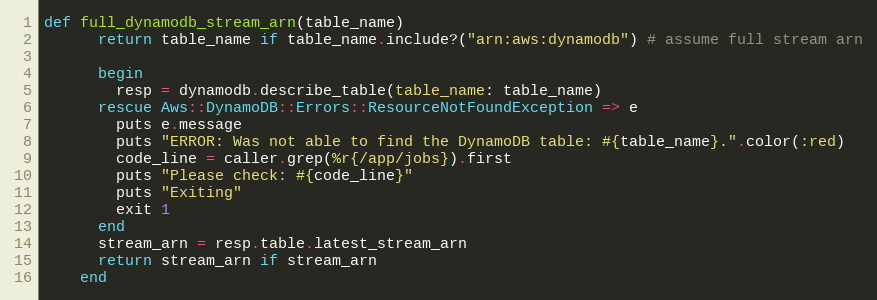
Language: Ruby
def full_dynamodb_stream_arn(table_name)
      return table_name if table_name.include?("arn:aws:dynamodb") # assume full stream arn

      begin
        resp = dynamodb.describe_table(table_name: table_name)
      rescue Aws::DynamoDB::Errors::ResourceNotFoundException => e
        puts e.message
        puts "ERROR: Was not able to find the DynamoDB table: #{table_name}.".color(:red)
        code_line = caller.grep(%r{/app/jobs}).first
        puts "Please check: #{code_line}"
        puts "Exiting"
        exit 1
      end
      stream_arn = resp.table.latest_stream_arn
      return stream_arn if stream_arn
    end